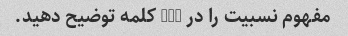
مفهوم نسبیت را در 100 کلمه توضیح دهید.